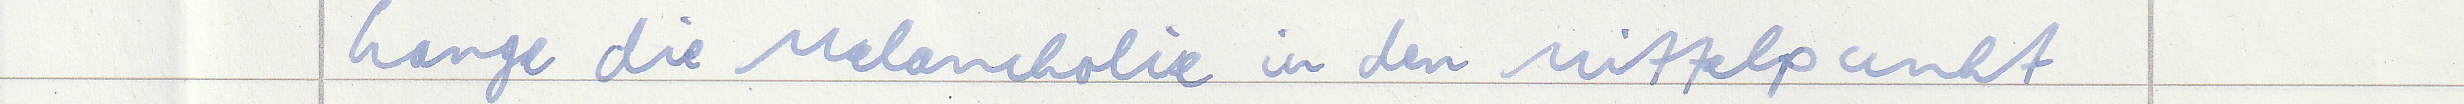
Lange die Melancholie in den Mittelpunkt